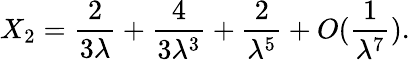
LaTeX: X_{2}={\frac{2}{3\lambda}}+{\frac{4}{3\lambda^{3}}}+{\frac{2}{\lambda^{5}}}+O({\frac{1}{\lambda^{7}}}).